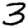
Digit: 3